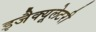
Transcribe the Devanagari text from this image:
इजैक्यूलेटरी